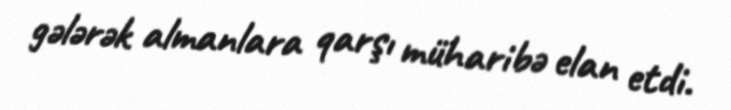
gələrək almanlara qarşı müharibə elan etdi.